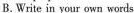
B. Write in your own words.